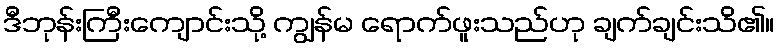
ဒီဘုန်းကြီးကျောင်းသို့ ကျွန်မ ရောက်ဖူးသည်ဟု ချက်ချင်းသိ၏။